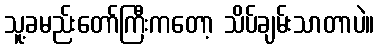
သူ့ခမည်းတော်ကြီးကတော့ သိပ်ချမ်းသာတာပဲ။